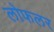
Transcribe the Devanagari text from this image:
लोफलर